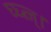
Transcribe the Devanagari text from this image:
घ्घ्त्ज्।